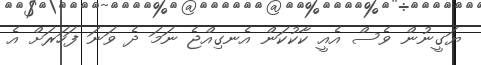
ޔަގީނުން ވެސް އެއީ ކާކުކަން އެނގިއްޖެ ނަމަ ދެ ވަނަ ފަހަރަށް އެ